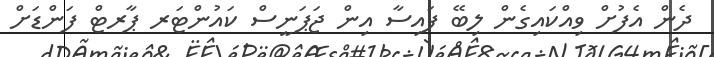
ދެން އެފުށް ވިއްކައިގެން ލިބޭ ފައިސާ އިން ޖަޕަނީސް ކައުންޓަރ ޕާރޓް ފަންޑަށް